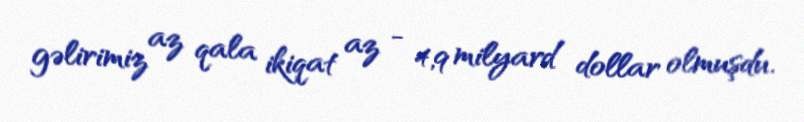
gəlirimiz az qala ikiqat az - 4,9 milyard dollar olmuşdu.